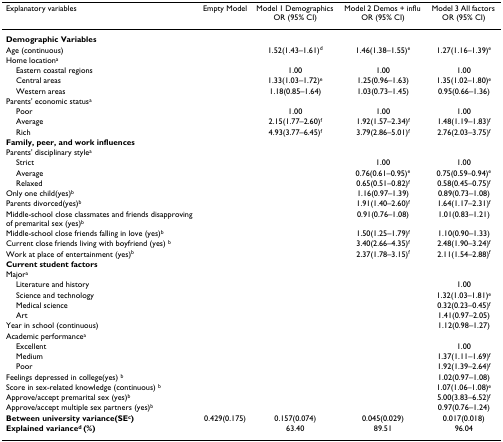
<table><thead><tr><td><b>Explanatory variables</b></td><td><b>Empty Model</b></td><td><b>Model 1 DemographicsOR (95% CI)</b></td><td><b>Model 2 Demos + influOR (95% CI)</b></td><td><b>Model 3 All factorsOR (95% CI)</b></td></tr></thead><tbody><tr><td><b>Demographic Variables</b></td><td></td><td></td><td></td><td></td></tr><tr><td>Age (continuous)</td><td></td><td>1.52(1.43–1.61)<sup>d</sup></td><td>1.46(1.38–1.55)<sup>e</sup></td><td>1.27(1.16–1.39)<sup>e</sup></td></tr><tr><td>Home location<sup>a</sup></td><td></td><td></td><td></td><td></td></tr><tr><td> Eastern coastal regions</td><td></td><td>1.00</td><td>1.00</td><td>1.00</td></tr><tr><td> Central areas</td><td></td><td>1.33(1.03–1.72)<sup>e</sup></td><td>1.25(0.96–1.63)</td><td>1.35(1.02–1.80)<sup>e</sup></td></tr><tr><td> Western areas</td><td></td><td>1.18(0.85–1.64)</td><td>1.03(0.73–1.45)</td><td>0.95(0.66–1.36)</td></tr><tr><td>Parents&#x27; economic status<sup>a</sup></td><td></td><td></td><td></td><td></td></tr><tr><td> Poor</td><td></td><td>1.00</td><td>1.00</td><td>1.00</td></tr><tr><td> Average</td><td></td><td>2.15(1.77–2.60)<sup>f</sup></td><td>1.92(1.57–2.34)<sup>f</sup></td><td>1.48(1.19–1.83)<sup>f</sup></td></tr><tr><td> Rich</td><td></td><td>4.93(3.77–6.45)<sup>f</sup></td><td>3.79(2.86–5.01)<sup>f</sup></td><td>2.76(2.03–3.75)<sup>f</sup></td></tr><tr><td><b>Family, peer, and work influences</b></td><td></td><td></td><td></td><td></td></tr><tr><td>Parents&#x27; disciplinary style<sup>a</sup></td><td></td><td></td><td></td><td></td></tr><tr><td> Strict</td><td></td><td></td><td>1.00</td><td>1.00</td></tr><tr><td> Average</td><td></td><td></td><td>0.76(0.61–0.95)<sup>e</sup></td><td>0.75(0.59–0.94)<sup>e</sup></td></tr><tr><td> Relaxed</td><td></td><td></td><td>0.65(0.51–0.82)<sup>f</sup></td><td>0.58(0.45–0.75)<sup>f</sup></td></tr><tr><td>Only one child(yes)<sup>b</sup></td><td></td><td></td><td>1.16(0.97–1.39)</td><td>0.89(0.73–1.08)</td></tr><tr><td>Parents divorced(yes)<sup>b</sup></td><td></td><td></td><td>1.91(1.40–2.60)<sup>f</sup></td><td>1.64(1.17–2.31)<sup>f</sup></td></tr><tr><td>Middle-school close classmates and friends disapproving of premarital sex (yes)<sup>b</sup></td><td></td><td></td><td>0.91(0.76–1.08)</td><td>1.01(0.83–1.21)</td></tr><tr><td>Middle-school close friends falling in love (yes)<sup>b</sup></td><td></td><td></td><td>1.50(1.25–1.79)<sup>f</sup></td><td>1.10(0.90–1.33)</td></tr><tr><td>Current close friends living with boyfriend (yes) <sup>b</sup></td><td></td><td></td><td>3.40(2.66–4.35)<sup>f</sup></td><td>2.48(1.90–3.24)<sup>f</sup></td></tr><tr><td>Work at place of entertainment (yes)<sup>b</sup></td><td></td><td></td><td>2.37(1.78–3.15)<sup>f</sup></td><td>2.11(1.54–2.88)<sup>f</sup></td></tr><tr><td><b>Current student factors</b></td><td></td><td></td><td></td><td></td></tr><tr><td>Major<sup>a</sup></td><td></td><td></td><td></td><td></td></tr><tr><td> Literature and history</td><td></td><td></td><td></td><td>1.00</td></tr><tr><td> Science and technology</td><td></td><td></td><td></td><td>1.32(1.03–1.81)<sup>e</sup></td></tr><tr><td> Medical science</td><td></td><td></td><td></td><td>0.32(0.23–0.45)<sup>f</sup></td></tr><tr><td> Art</td><td></td><td></td><td></td><td>1.41(0.97–2.05)</td></tr><tr><td>Year in school (continuous)</td><td></td><td></td><td></td><td>1.12(0.98–1.27)</td></tr><tr><td>Academic performance<sup>a</sup></td><td></td><td></td><td></td><td></td></tr><tr><td> Excellent</td><td></td><td></td><td></td><td>1.00</td></tr><tr><td> Medium</td><td></td><td></td><td></td><td>1.37(1.11–1.69)<sup>f</sup></td></tr><tr><td> Poor</td><td></td><td></td><td></td><td>1.92(1.39–2.64)<sup>f</sup></td></tr><tr><td>Feelings depressed in college(yes) <sup>b</sup></td><td></td><td></td><td></td><td>1.02(0.97–1.08)</td></tr><tr><td>Score in sex-related knowledge (continuous) <sup>b</sup></td><td></td><td></td><td></td><td>1.07(1.06–1.08)<sup>e</sup></td></tr><tr><td>Approve/accept premarital sex (yes)<sup>b</sup></td><td></td><td></td><td></td><td>5.00(3.83–6.52)<sup>f</sup></td></tr><tr><td>Approve/accept multiple sex partners (yes)<sup>b</sup></td><td></td><td></td><td></td><td>0.97(0.76–1.24)</td></tr><tr><td><b>Between university variance(SE<sup>c</sup>)</b></td><td>0.429(0.175)</td><td>0.157(0.074)</td><td>0.045(0.029)</td><td>0.017(0.018)</td></tr><tr><td><b>Explained variance<sup>d </sup>(%)</b></td><td></td><td>63.40</td><td>89.51</td><td>96.04</td></tr></tbody></table>